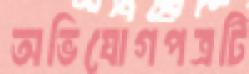
অভিযোগপত্রটি